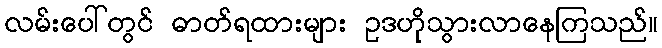
လမ်းပေါ်တွင် ဓာတ်ရထားများ ဥဒဟိုသွားလာနေကြသည်။